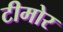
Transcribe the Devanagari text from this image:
टीमोर